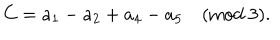
LaTeX: C = a _ { 1 } - a _ { 2 } + a _ { 4 } - a _ { 5 } \quad \mathrm { ( m o d \ 3 ) . }